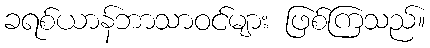
ခရစ်ယာန်ဘာသာဝင်များ ဖြစ်ကြသည်။